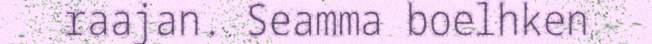
raajan. Seamma boelhken